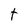
Character: t